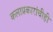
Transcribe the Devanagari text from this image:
कलाप्रकारांचीही